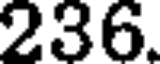
236.